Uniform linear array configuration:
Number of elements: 24
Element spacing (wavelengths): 1
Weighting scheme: exponential
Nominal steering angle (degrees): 45
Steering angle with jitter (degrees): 46.542
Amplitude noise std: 0.05
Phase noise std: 0.05

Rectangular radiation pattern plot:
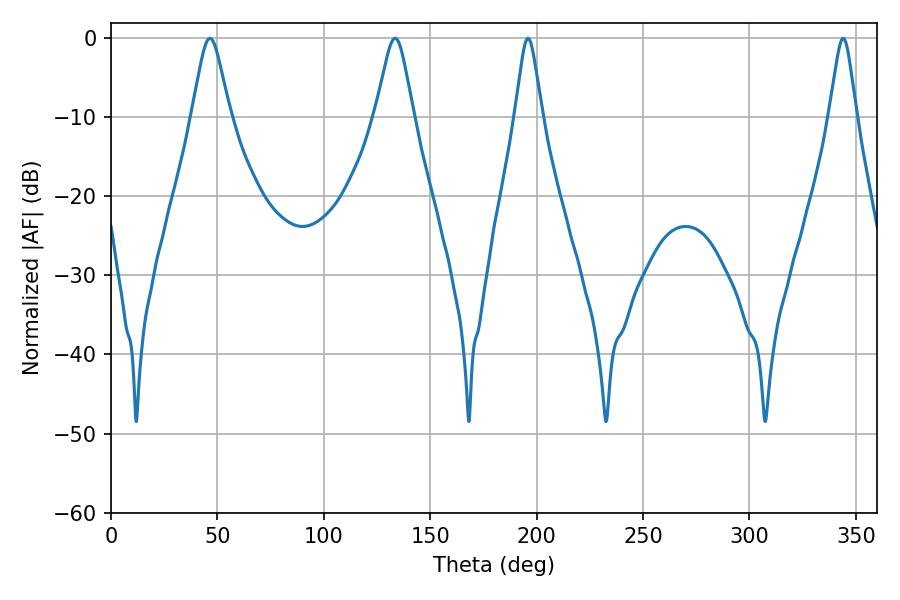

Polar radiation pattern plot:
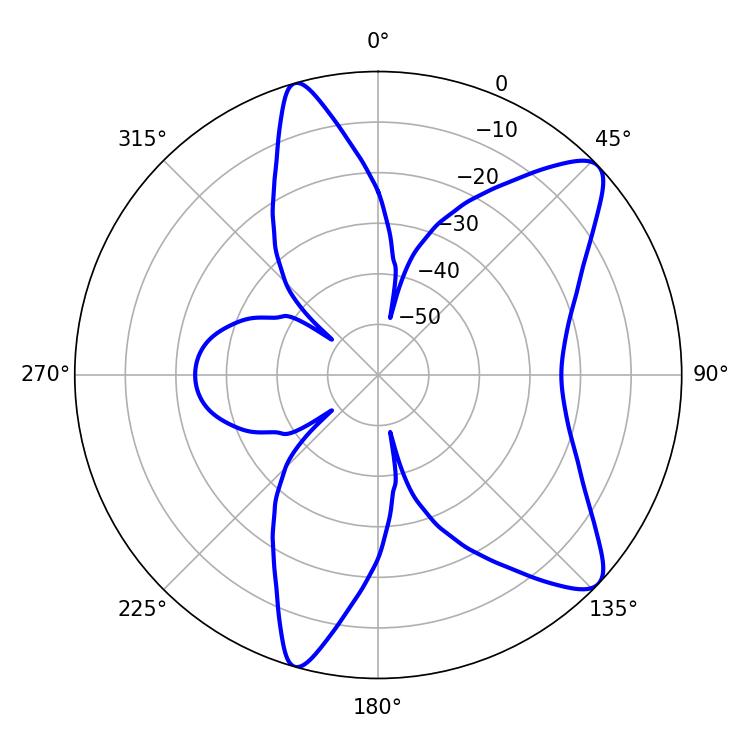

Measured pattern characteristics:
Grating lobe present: TRUE
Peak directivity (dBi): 10.038
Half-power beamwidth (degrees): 8.64
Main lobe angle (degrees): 46.44